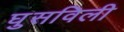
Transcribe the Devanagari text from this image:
घुसविली